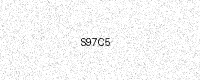
Text: S97C5